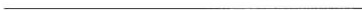
___